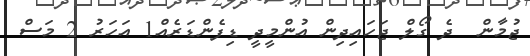
ޖުމާން  ދެ ގޯލް ޖަހައިދިން އުންމީދީ ޑިފެންޑަރެއް1 އަހަރު 2 މަސް